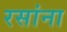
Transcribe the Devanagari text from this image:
रसांना